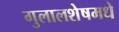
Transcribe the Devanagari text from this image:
गुलालशेषमधे